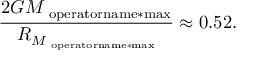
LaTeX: { \frac { 2 G { M } _ { \mathrm { \ o p e r a t o r n a m e * { m a x } } } } { { R } _ { { M } _ { \mathrm { \ o p e r a t o r n a m e * { m a x } } } } } } \approx 0 . 5 2 .